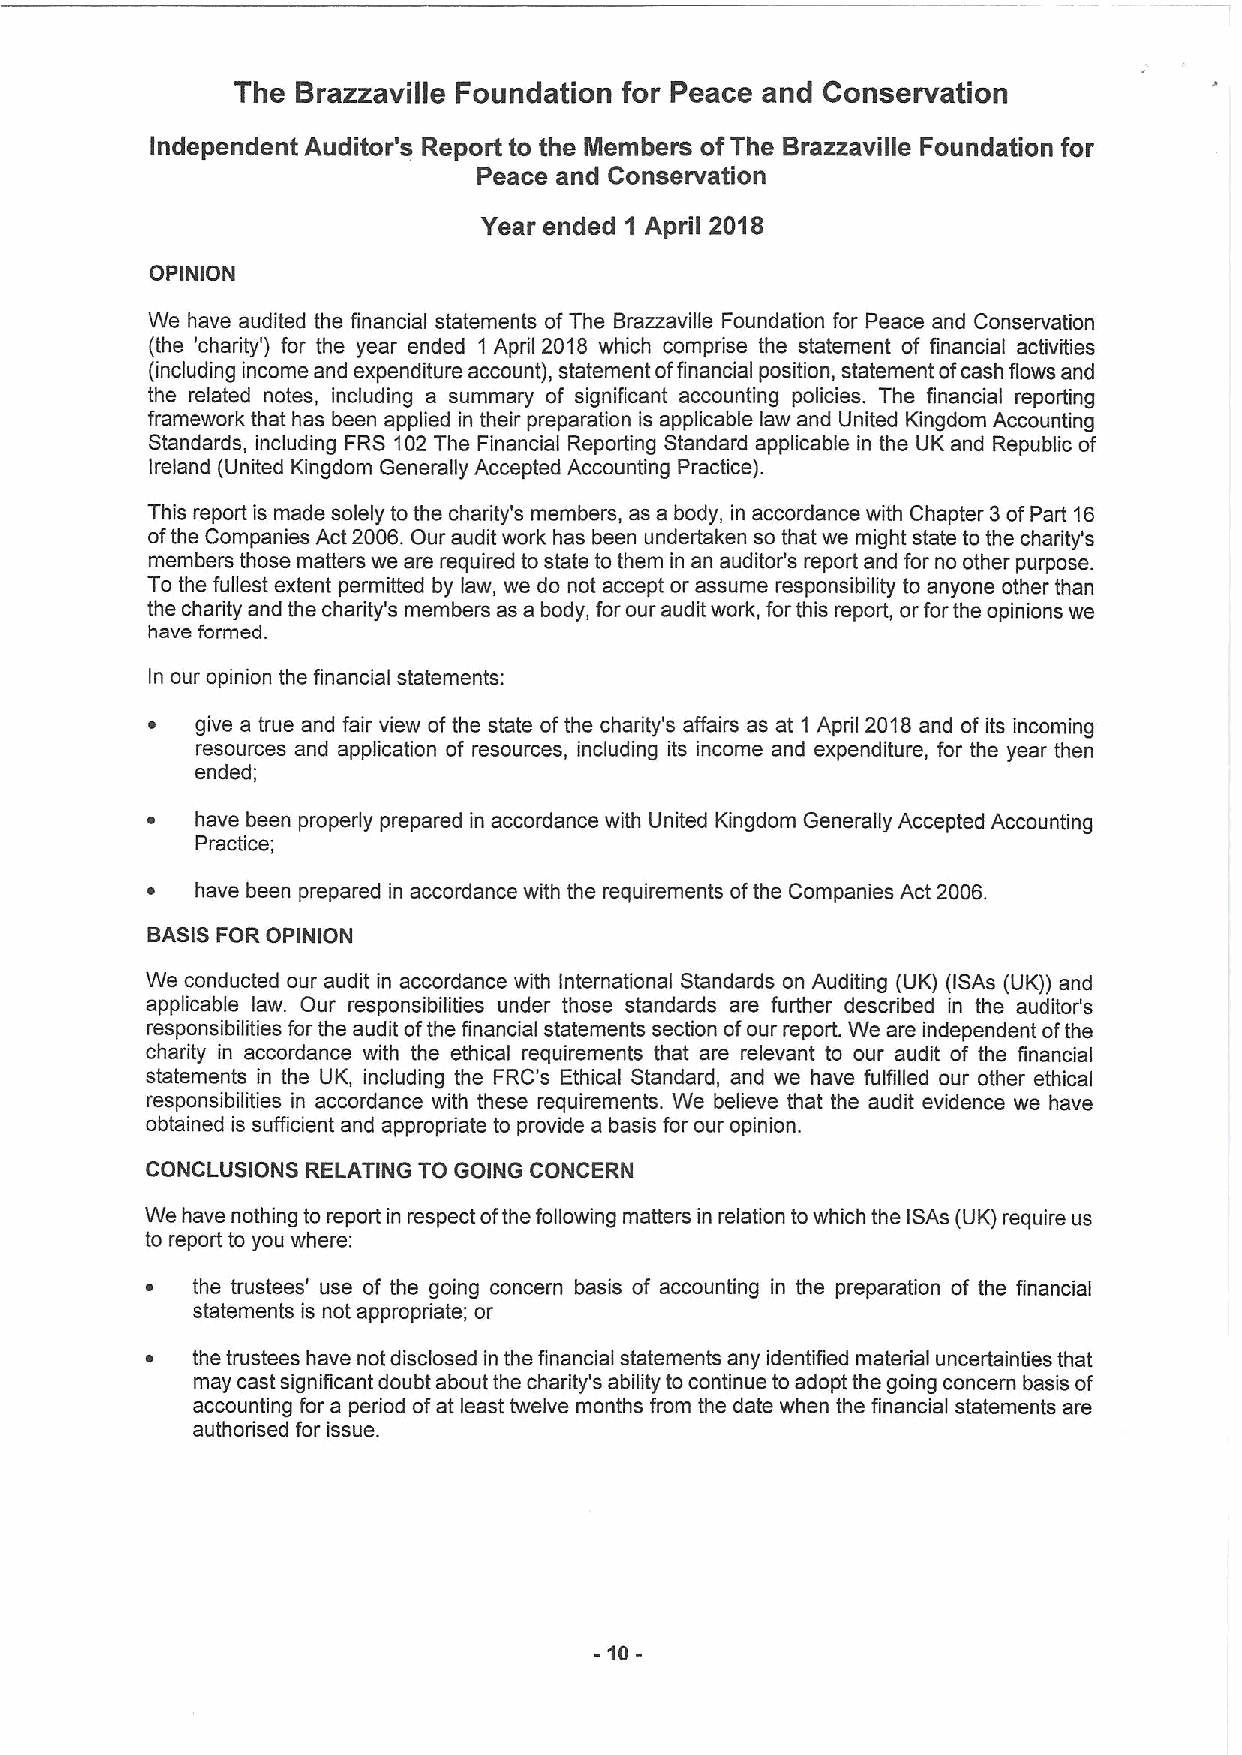
The Brazzaville Foundation for Peace and Conservation
 IndependentAuditor's Reportto the Members ofTheBrazzaville Foundationfor
 Peace and Conservation
 Year ended1 April 2018
 OPINION
 We have audited the financial statements of The Brazzaville Foundation for Peace and Conservation
 (the 'charity') for the year ended 1April2018 which comprise the statement of financial activities
 (includingincomeandexpenditureaccount),statementoffinancialposition,statementofcashflowsand
 the related notes, including a summary of significant accounting policies. The financial reporting
 framework thathas beenappliedintheirpreparationisapplicablelawandUnitedKingdomAccounting
 Standards,including FRS 102TheFinancialReporting Standard applicable in the UKand Republic of
 Ireland(UnitedKingdomGenerally AcceptedAccountingPractice).
 Thisreportismadesolelytothecharity'smembers,asabody,inaccordancewithChapter3ofPart16
 oftheCompaniesAct2006.Ourauditworkhasbeenundertakensothatwemightstatetothecharity's
 membersthosematterswearerequiredtostatetotheminanauditor'sreportandfornootherpurpose.
 To the fullestextentpermittedby law, wedo notacceptorassumeresponsibility toanyone otherthan
 thecharityandthecharity'smembersasabody,forourauditwork,forthisreport,orfortheopinionswe
 haveformed.
 Inouropinionthefinancialstatements:
 (cid:127) give a true and fair view of the state of the charity's affairs as at 1April2018 and of its incoming
 resources and application of resources, including its income and expenditure, for the year then
 ended;
 (cid:127) havebeenproperlypreparedinaccordancewithUnitedKingdomGenerally AcceptedAccounting
 Practice;
 (cid:127) havebeenpreparedin accordancewiththerequirementsof theCompaniesAct2006.
 BASISFOROPINION
 We conducted our audit inaccordance withInternational Standards on Auditing (UK) (ISAs (UK)) and
 applicable law. Our responsibilities under those standards are further described in the auditor's
 responsibilitiesfortheauditofthefinancialstatementssectionofourreport.Weareindependentofthe
 charity in accordance with the ethical requirements that are relevant to our audit of the financial
 statements in the UK, including the FRC's Ethical Standard, and we have fulfilled our other ethical
 responsibilities in accordance with these requirements. We believe that the audit evidence we have
 obtainedissufficientandappropriate toprovide abasisforouropinion.
 CONCLUSIONSRELATINGTOGOINGCONCERN
 WehavenothingtoreportinrespectofthefollowingmattersinrelationtowhichtheISAs(UK)requireus
 toreporttoyouwhere:
 (cid:127) the trustees' use of the going concern basis of accounting in the preparation of the financial
 statementsisnotappropriate;or
 thetrusteeshavenotdisclosedinthefinancialstatementsanyidentifiedmaterialuncertaintiesthat
 maycastsignificantdoubtaboutthecharity'sabilitytocontinuetoadoptthegoingconcernbasisof
 accountingfor aperiodof atleasttwelvemonths from thedatewhenthe financialstatementsare
 authorised forissue.
 -  -
 10